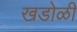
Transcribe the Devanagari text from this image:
खडोळी